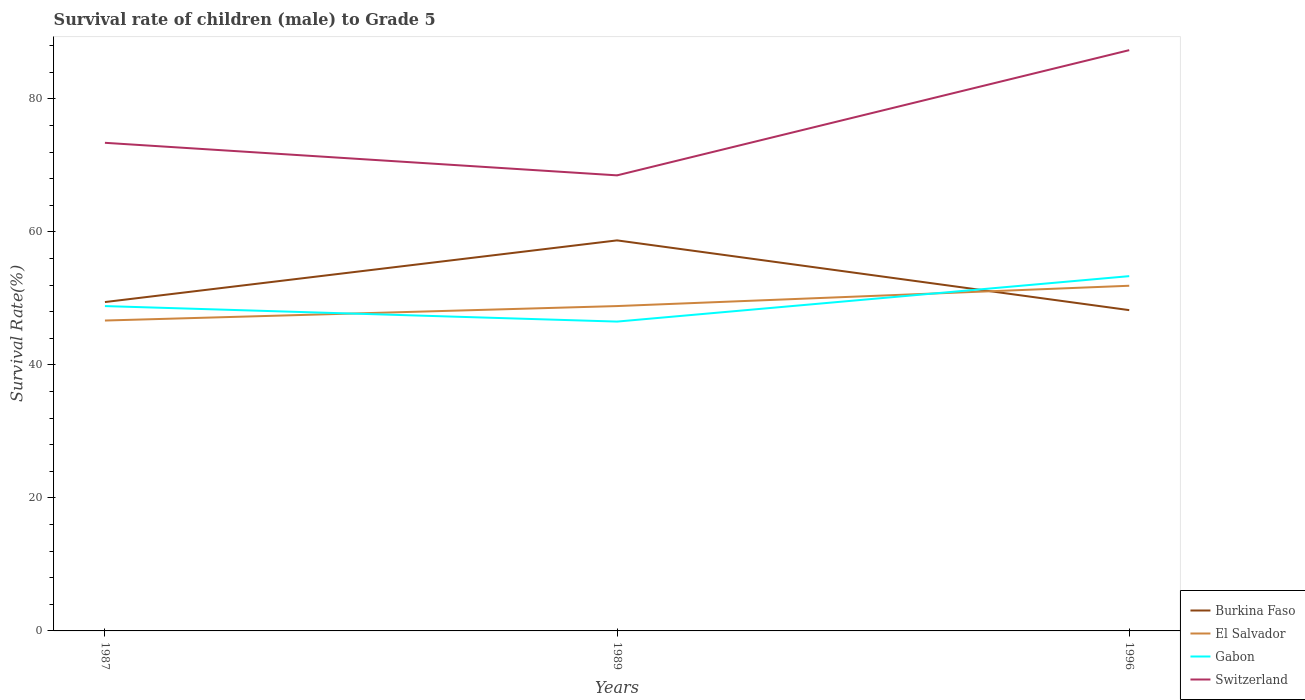
| Years | Burkina Faso | El Salvador | Gabon | Switzerland |
 | --- | --- | --- | --- | --- |
 | 1987 | 49.4 | 46.7 | 48.8 | 73.4 |
 | 1989 | 58.7 | 48.8 | 46.5 | 68.5 |
 | 1996 | 48.2 | 51.9 | 53.3 | 87.3 |